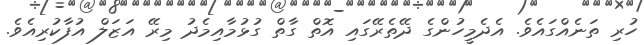
ހުރި ތަނެއްގައެވެ. އެދެމީހުންގެ ދޭތެރޭގައި އޮތް ގާތް ގުޅުމާއިމެދު މިރޭ އަޒަލް އުފާކުރިއެވެ.